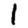
Digit: 1